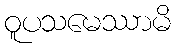
ဝူပသမေဿာမိ